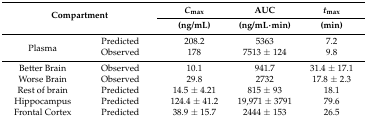
| <ROWSPAN=2-COLSPAN=2> Compartment | Cmax | AUC | tmax |
 | (ng/mL) | (ng/mL·min) | (min) |
 | --- | --- | --- | --- | --- |
 | <ROWSPAN=2> Plasma | Predicted | 208.2 | 5363 | 7.2 |
 | Observed | 178 | 7513 ± 124 | 9.8 |
 | Better Brain | Observed | 10.1 | 941.7 | 31.4 ± 17.1 |
 | Worse Brain | Observed | 29.8 | 2732 | 17.8 ± 2.3 |
 | Rest of brain | Predicted | 14.5 ± 4.21 | 815 ± 93 | 18.1 |
 | Hippocampus | Predicted | 124.4 ± 41.2 | 19,971 ± 3791 | 79.6 |
 | Frontal Cortex | Predicted | 38.9 ± 15.7 | 2444 ± 153 | 26.5 |